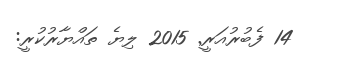
14 ފެބުރުއަރީ